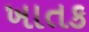
ખાતક